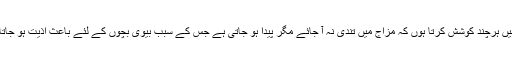
میں سگریٹ نوشی کا بہت عادی ہوں اور رمضان مبارک میں ہرچند کوشش کرتا ہوں کہ مزاج میں تندی نہ آ جائے مگر پیدا ہو جاتی ہے جس کے سبب بیوی بچوں کے لئے باعث اذیت ہو جاتا ہوں اور میں خود بھی اپنی اس تند مزاجی سے رنجیدہ ہوں۔